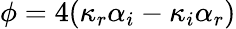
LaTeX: \phi=4(\kappa_{r}\alpha_{i}-\kappa_{i}\alpha_{r})